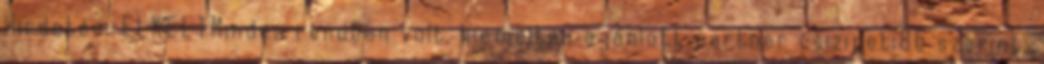
Hirdetés: ELKELTMinden rendben volt, kiemelten ajánlott partner csizipeti86 szerint: